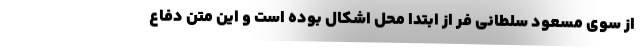
از سوی مسعود سلطانی فر از ابتدا محل اشکال بوده است و این متن دفاع